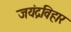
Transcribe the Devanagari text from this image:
जयंद्रविहार